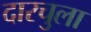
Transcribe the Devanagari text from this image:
दारचुला